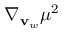
\nabla _ { \mathbf { v } _ { w } } \mu ^ { 2 }